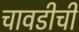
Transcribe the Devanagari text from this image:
चावडीची